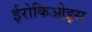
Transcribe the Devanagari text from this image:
ईरोकिओइस